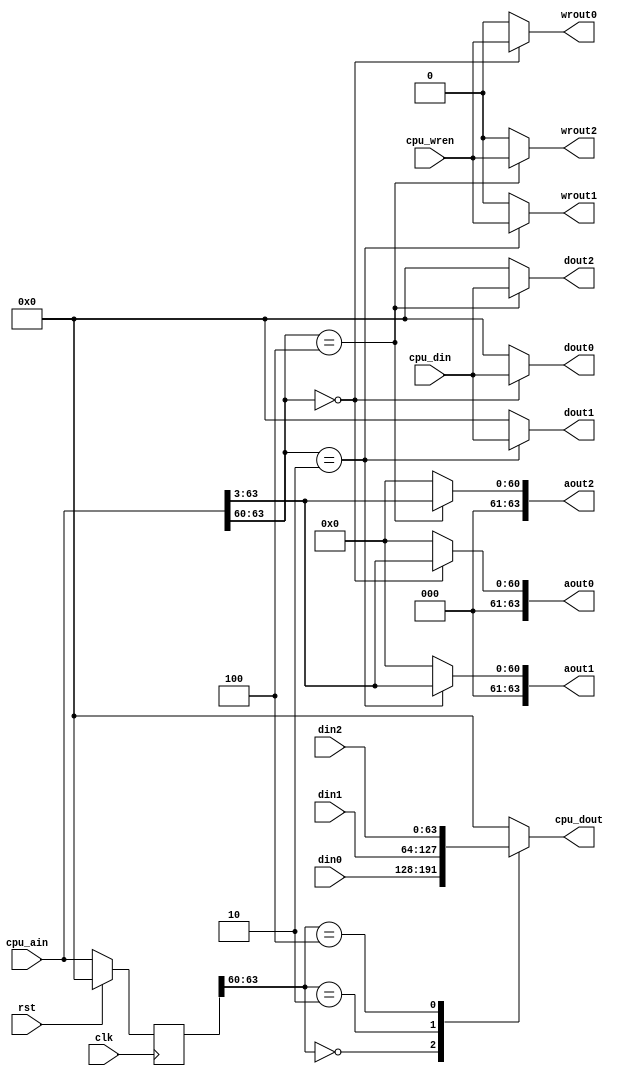
module perf_mux(
    input [63:0] cpu_din,
    input [63:0] cpu_ain,
    input cpu_wren,
    output [63:0] cpu_dout,
    output [63:0] dout0,
    output [63:0] aout0,
    input [63:0] din0,
    output wrout0,
    output [63:0] dout1,
    output [63:0] aout1,
    input [63:0] din1,
    output wrout1,
    output [63:0] dout2,
    output [63:0] aout2,
    input [63:0] din2,
    output wrout2,
    input clk,
    input rst
);
    reg [63:0] addr_last;
    reg [63:0] cpu_data;
    assign cpu_dout = cpu_data;

    reg [63:0] data0;
    reg [63:0] addr0;
    reg wren0;
    assign dout0 = data0;
    assign aout0 = addr0;
    assign wrout0 = wren0;

    reg [63:0] data1;
    reg [63:0] addr1;
    reg wren1;
    assign dout1 = data1;
    assign aout1 = addr1;
    assign wrout1 = wren1;

    reg [63:0] data2;
    reg [63:0] addr2;
    reg wren2;
    assign dout2 = data2;
    assign aout2 = addr2;
    assign wrout2 = wren2;

    always @ (*) begin
        case (addr_last[63:60])
            4'h0: begin
                cpu_data = din0;
            end
            4'h2: begin
                cpu_data = din1;
            end
            4'h4: begin
                cpu_data = din2;
            end
            default: begin
                cpu_data = 0;
            end
        endcase
        case (cpu_ain[63:60])
            4'h0: begin
                data0 = cpu_din;
                addr0 = {3'd0, cpu_ain[63:3]};
                wren0 = cpu_wren;
                data1 = 0;
                addr1 = 0;
                wren1 = 0;
                data2 = 0;
                addr2 = 0;
                wren2 = 0;
            end
            4'h2: begin
                data0 = 0;
                addr0 = 0;
                wren0 = 0;
                data1 = cpu_din;
                addr1 = {3'd0, cpu_ain[63:3]};
                wren1 = cpu_wren;
                data2 = 0;
                addr2 = 0;
                wren2 = 0;
            end
            4'h4: begin
                data0 = 0;
                addr0 = 0;
                wren0 = 0;
                data1 = 0;
                addr1 = 0;
                wren1 = 0;
                data2 = cpu_din;
                addr2 = {3'd0, cpu_ain[63:3]};
                wren2 = cpu_wren;
            end
            default: begin
                data0 = 0;
                addr0 = 0;
                wren0 = 0;
                data1 = 0;
                addr1 = 0;
                wren1 = 0;
                data2 = 0;
                addr2 = 0;
                wren2 = 0;
            end
        endcase
    end

    always @ (posedge clk) begin
        if (rst) begin
            addr_last <= 0;
        end
        else begin
            addr_last <= cpu_ain;
        end
    end
endmodule